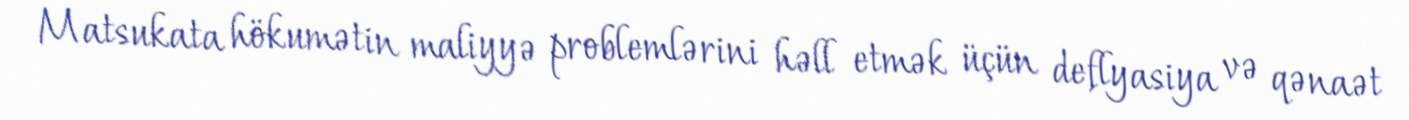
Matsukata hökumətin maliyyə problemlərini həll etmək üçün deflyasiya və qənaət